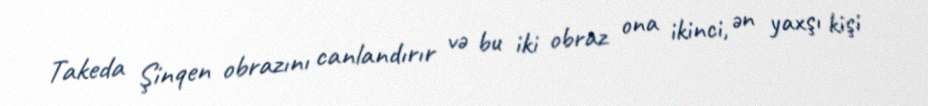
Takeda Şinqen obrazını canlandırır və bu iki obraz ona ikinci, ən yaxşı kişi